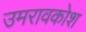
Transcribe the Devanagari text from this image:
उमरावकोश